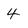
Character: 4